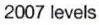
2007 levels